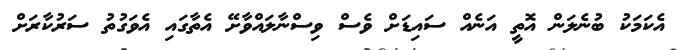
އެކަމަކު ބުނެލަން އޮތީ އަނެއް ސައިޑަށް ވެސް ވިސްނާލައްވާށޭ އެތާގައި އެވަގުތު ސަރުކާރަށް